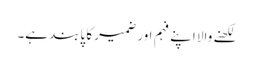
لکھنے والا اپنے فہم اور ضمیر کا پابند ہے۔